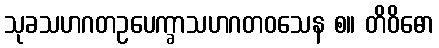
သုခသဟဂတဥပေက္ခာသဟဂတဝသေန စ။ တိဝိဓော